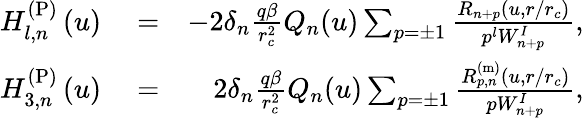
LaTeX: \begin{array}{rlr}{H_{l,n}^{\mathrm{(P)}}\left(u\right)}&{{}=}&{-2\delta_{n}\frac{q\beta}{r_{c}^{2}}Q_{n}(u)\sum_{p=\pm 1}\frac{R_{n+p}(u,r/r_{c})}{p^{l}W_{n+p}^{I}},}\\ {H_{3,n}^{\mathrm{(P)}}\left(u\right)}&{{}=}&{2\delta_{n}\frac{q\beta}{r_{c}^{2}}Q_{n}(u)\sum_{p=\pm 1}\frac{R_{p,n}^{\mathrm{(m)}}(u,r/r_{c})}{pW_{n+p}^{I}},}\end{array}